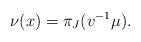
LaTeX: \begin{align*}\nu(x) = \pi_J(v^{-1}\mu).\end{align*}